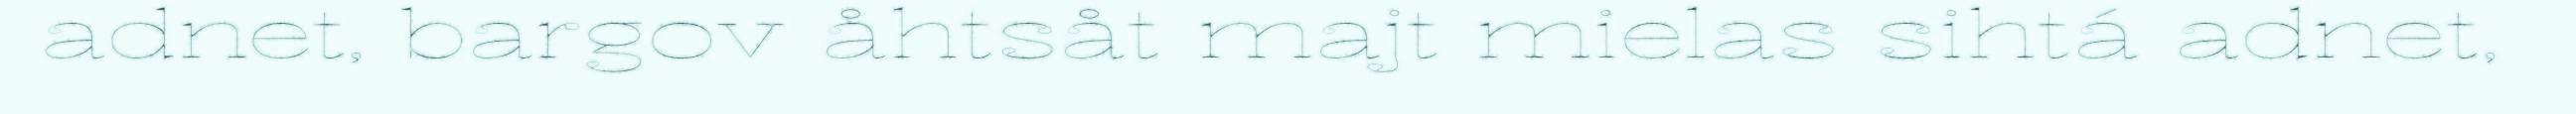
adnet, bargov åhtsåt majt mielas sihtá adnet,